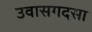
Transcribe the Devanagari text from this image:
उवासगदसा